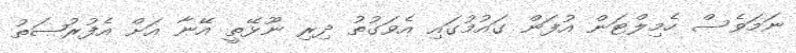
ނަމަވެސް ހެމިލްޓަން އުފަން ގައުމުގައި އެވަގުތު ދިރި ނޫޅޭތީ އޭނާ އަށް އެފުރުޞަތު